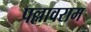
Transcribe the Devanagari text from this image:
पल्लावराम